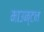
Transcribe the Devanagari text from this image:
माउन्टन